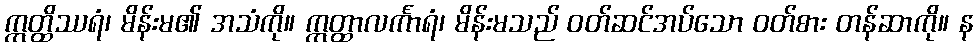
ဣတ္ထိဿရံ၊ မိန်းမ၏ အသံကို။ ဣတ္ထာလင်္ကာရံ၊ မိန်းမသည် ဝတ်ဆင်အပ်သော ဝတ်စား တန်ဆာကို။ န